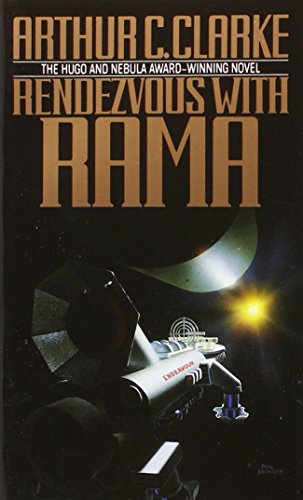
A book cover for Rendezvous with Rama; Arthur C. Clarke; Science Fiction & Fantasy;